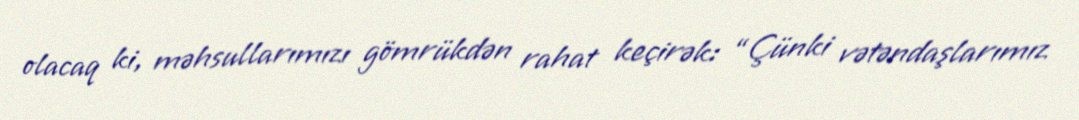
olacaq ki, məhsullarımızı gömrükdən rahat keçirək: “Çünki vətəndaşlarımız